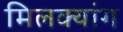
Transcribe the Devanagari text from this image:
मिलक्यांग